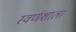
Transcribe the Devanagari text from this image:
स्वर्णशाला